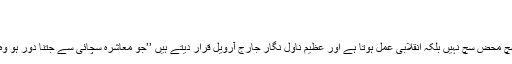
سوال جو کئے جانے چاہئیں
02 مئی ، 2014
منافقت اور دھوکے کے ماحول میں بولا جانے والا سچ محض سچ نہیں بلکہ انقلابی عمل ہوتا ہے اور عظیم ناول نگار جارج آرویل قرار دیتے ہیں ’’جو معاشرہ سچائی سے جتنا دور ہو وہ سچ بولنے والے سے اتنی ہی زیادہ نفرت کرتا ہے‘‘۔